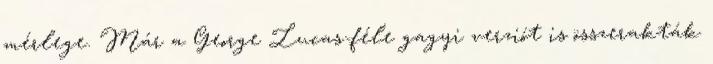
mérlege. Már a George Lucas-féle gagyi verziót is összerakták